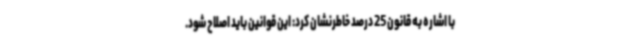
با اشاره به قانون 25 درصد خاطرنشان کرد: این قوانین باید اصلاح شود.